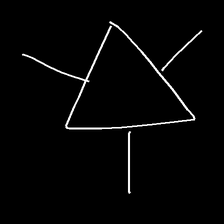
Glyph: fire